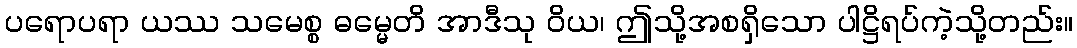
ပရောပရာ ယဿ သမေစ္စ ဓမ္မေတိ အာဒီသု ဝိယ၊ ဤသို့အစရှိသော ပါဋ္ဌိရပ်ကဲ့သို့တည်း။